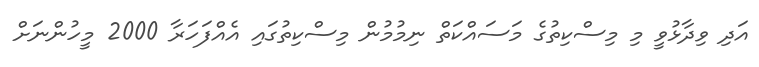
އަދި ވިދާޅުވީ މި މިސްކިތުގެ މަސައްކަތް ނިމުމުން މިސްކިތުގައި އެއްފަހަރާ 2000 މީހުންނަށް